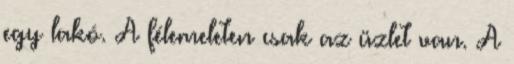
egy lakó. A félemeleten csak az üzlet van. A